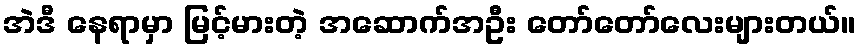
အဲဒီ နေရာမှာ မြင့်မားတဲ့ အဆောက်အဦး တော်တော်လေးများတယ်။